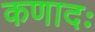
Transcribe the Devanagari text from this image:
कणादः